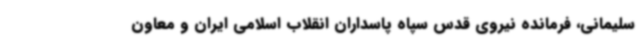
سلیمانی، فرمانده نیروی قدس سپاه پاسداران انقلاب اسلامی ایران و معاون